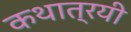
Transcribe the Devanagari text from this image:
कथात्रयी